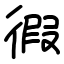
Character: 徦